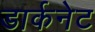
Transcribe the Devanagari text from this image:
डार्कनेट